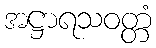
အဋ္ဌာရသဝတ္တံ